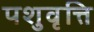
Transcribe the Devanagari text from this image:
पशुवृत्ति